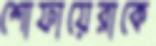
শোফায়েরাকে